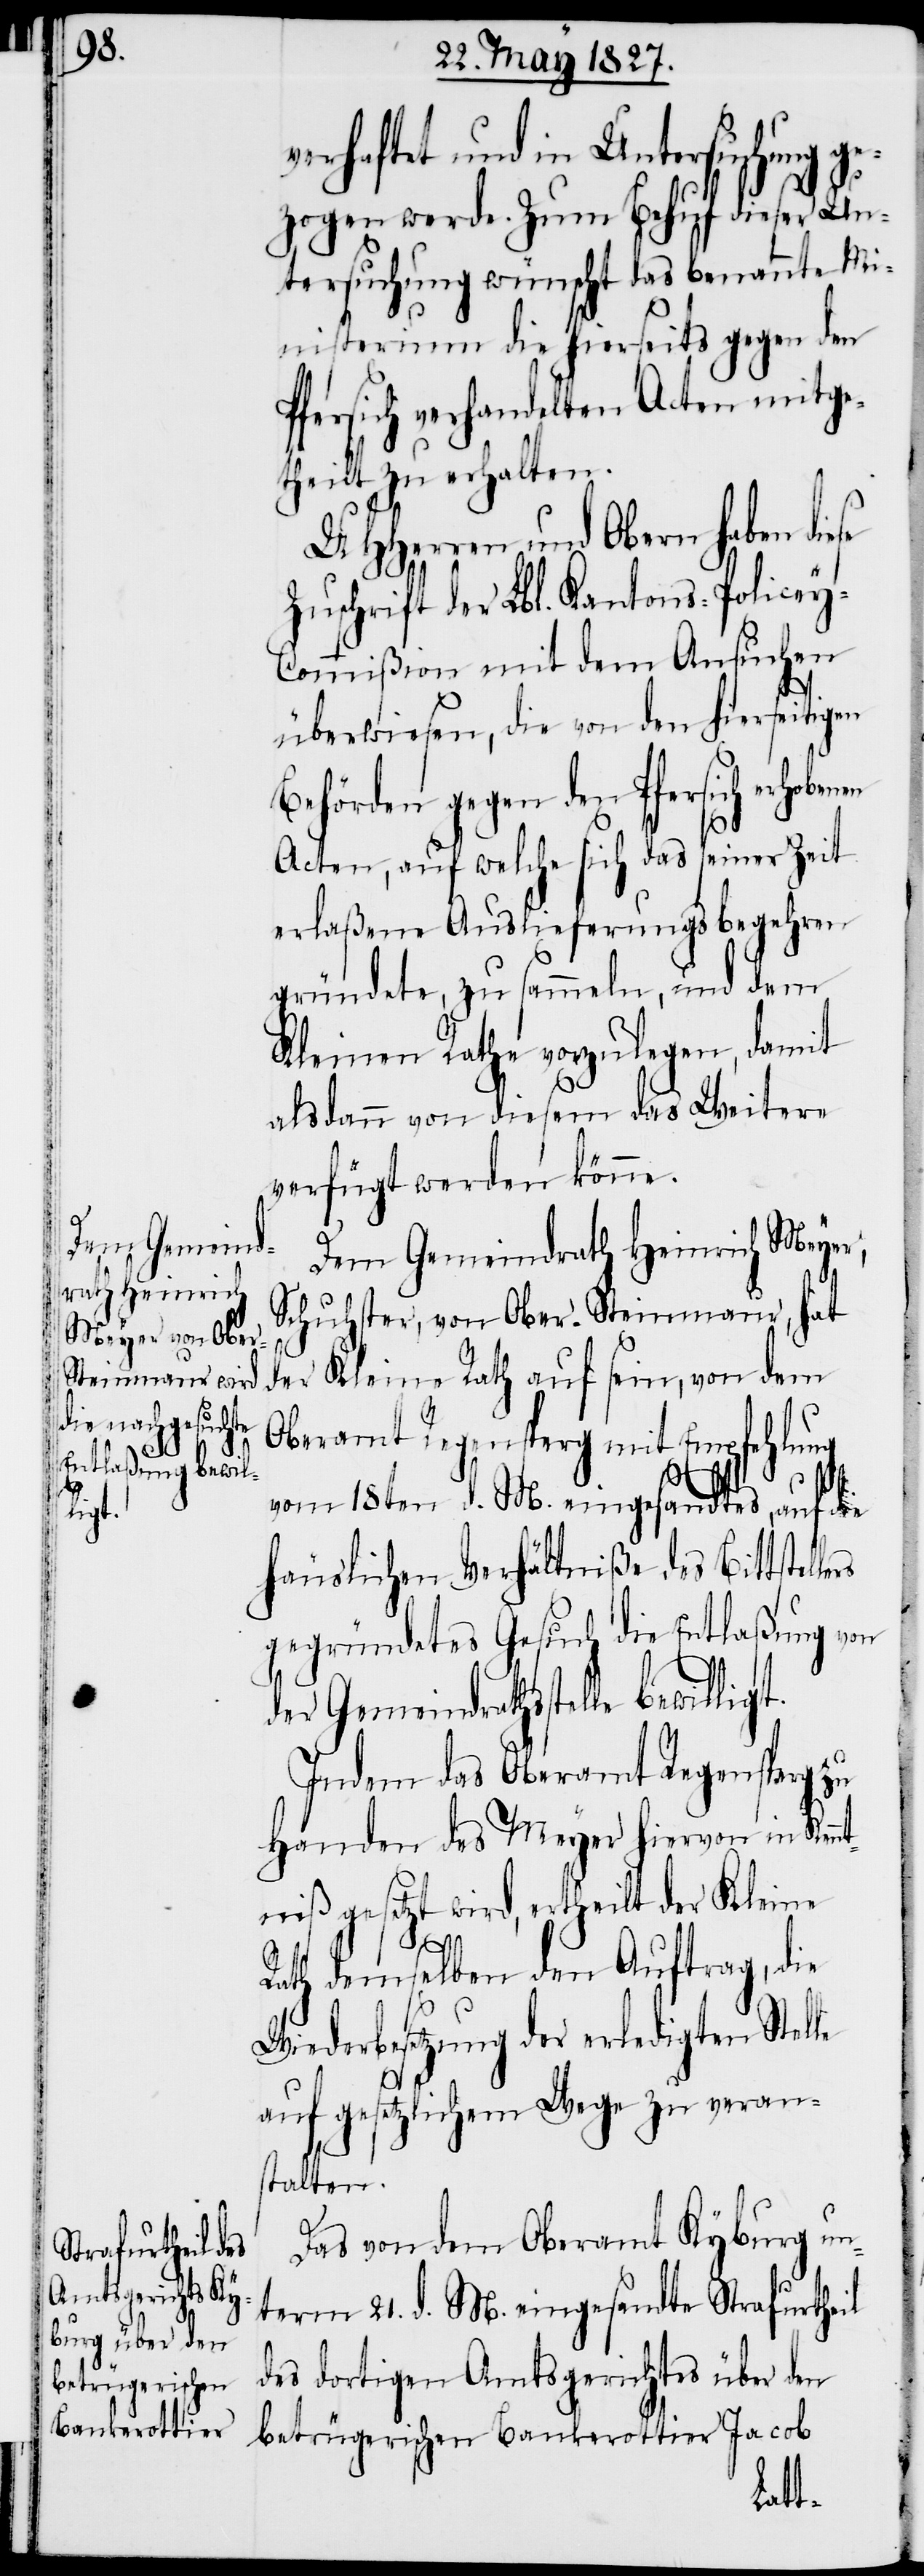
ligt.

verhaftet und in Untersuchung ge¬
zogen werde. Zum Behuf dieser Un¬
tersuchung wünscht das benannte Mi¬
nisterium die hierseits gegen den
Pfersich verhandelten Acten mitge¬
theilt zu erhalten.
UHHerren und Obern haben diese
Zuschrift der Lbl. Kantons-Policey-C¬
ommißion mit dem Ansuchen
überwiesen, die von den hierseitigen
Behörden gegen den Pfersich erhoben¬
en
Acten, auf welche sich das seiner Zeit
erlaßene Auslieferungsbegehren
gründete, zu sammeln, und dem
Kleinen Rathe vorzulegen, damit
alsdann von diesem das Weitere
verfügt werden könne.
Dem Gemeindrath Heinrich Meyer,
Schuhster, von Ober-Steinmaur, hat
der Kleine Rath auf sein, von dem
Oberamt Regensperg mit Empfehlung
vom 18ten d. M. eingesandtes, auf die
häuslichen Verhältniße des Bittstell¬
gegründetes Gesuch die Entlaßung von
der Gemeindrathsstelle bewil¬
Indem das Oberamt Regensperg zu
Handen des Meyer hiervon in Kenn¬
tniß gesetzt wird, ertheilt der Kleine
Rath demselben den Auftrag, die
Wiederbesetzung der erledigten Stelle
ers
auf gesetzlichem Wege zu veran¬
stalten.
Das von dem Oberamt Kyburg un¬
term 21. d. M. eingesandte Strafurtheil
des dortigen Amtsgerichtes über den
betrügerischen Bankerottier Jacob